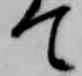
て